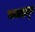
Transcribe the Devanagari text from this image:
गवाक्षातून